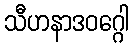
သီဟနာဒဝဂ္ဂေါ